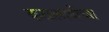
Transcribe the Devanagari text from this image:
कळलावीच्या